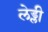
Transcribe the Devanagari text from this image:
लेड्ली